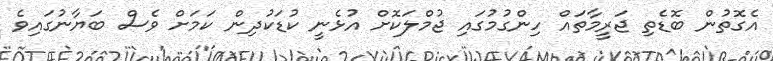
އެގޮތުން ބޮޑެތި ޖަރީމާތައް ހިންގުމުގައި ޖުމްލަކޮށް އުޅެނީ ކުޑަކުދިން ކަމަށް ވެސް ބަޔާނުގައިވެ